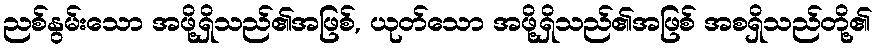
ညစ်နွမ်းသော အဖို့ရှိသည်၏အဖြစ်, ယုတ်သော အဖို့ရှိသည်၏အဖြစ် အစရှိသည်တို့၏